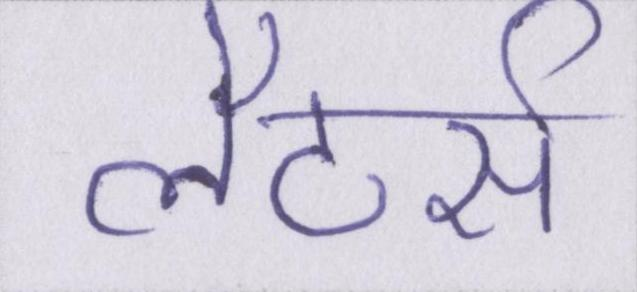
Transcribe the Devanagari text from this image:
लैटर्स